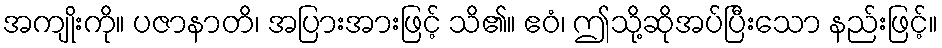
အကျိုးကို။ ပဇာနာတိ၊ အပြားအားဖြင့် သိ၏။ ဧဝံ၊ ဤသို့ဆိုအပ်ပြီးသော နည်းဖြင့်။